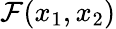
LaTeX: \mathcal{F}(x_{1},x_{2})